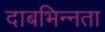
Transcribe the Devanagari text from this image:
दाबभिन्नता